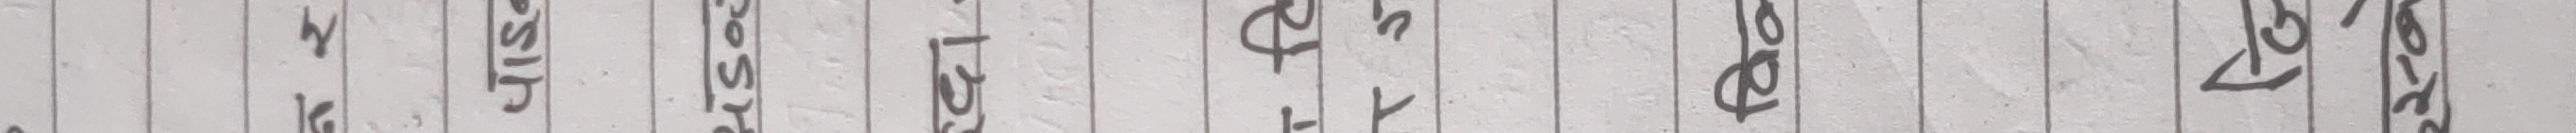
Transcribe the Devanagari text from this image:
चिसो र